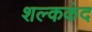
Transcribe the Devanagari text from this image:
शल्ककंद